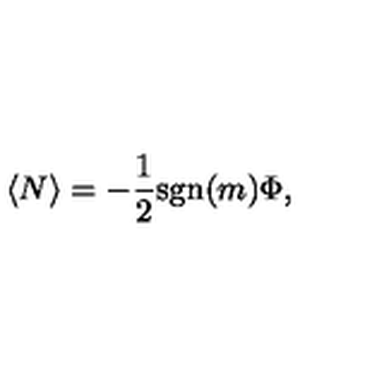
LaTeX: \langle N \rangle = - { \frac { 1 } { 2 } } \mathrm { s g n } ( m ) \Phi ,